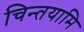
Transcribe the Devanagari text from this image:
चिन्तयामि